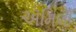
ઍમિલી